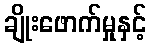
ချိုးဖောက်မှုနှင့်